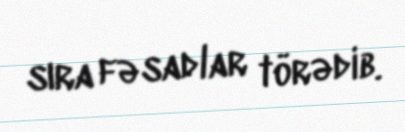
sıra fəsadlar törədib.